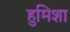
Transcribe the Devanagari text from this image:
हुमिशा